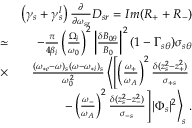
\begin{array} { r l r } & { } & { \left( \gamma _ { s } + \gamma _ { s } ^ { l } \right) \frac { \partial } { \partial \omega _ { s r } } D _ { s r } = I m ( R _ { + } + R _ { - } ) } \\ & { \simeq } & { - \frac { \pi } { 4 \beta _ { i } } \left( \frac { \Omega _ { i } } { \omega _ { 0 } } \right) ^ { 2 } \left| \frac { \delta B _ { 0 \theta } } { B _ { 0 } } \right| ^ { 2 } ( 1 - \Gamma _ { s \theta } ) \sigma _ { s \theta } } \\ & { \times } & { \frac { ( \omega _ { * e } - \omega ) _ { s } ( \omega - \omega _ { * i } ) _ { s } } { \omega _ { 0 } ^ { 2 } } \left\langle \left[ \left( \frac { \omega _ { + } } { \omega _ { A } } \right) ^ { 2 } \frac { \delta ( z _ { s } ^ { 2 } - z _ { + } ^ { 2 } ) } { \sigma _ { + s } } \right. \right. } \\ & { } & { \left. \left. - \left( \frac { \omega _ { - } } { \omega _ { A } } \right) ^ { 2 } \frac { \delta ( z _ { s } ^ { 2 } - z _ { - } ^ { 2 } ) } { \sigma _ { - s } } \right] | \Phi _ { s } | ^ { 2 } \right\rangle _ { s } . } \end{array}